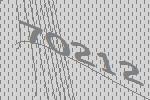
70212